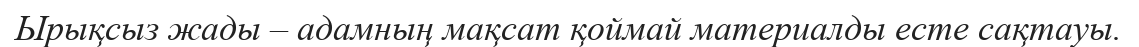
Ырықсыз жады – адамның мақсат қоймай материалды есте сақтауы.